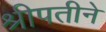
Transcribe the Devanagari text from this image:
श्रीपतीने